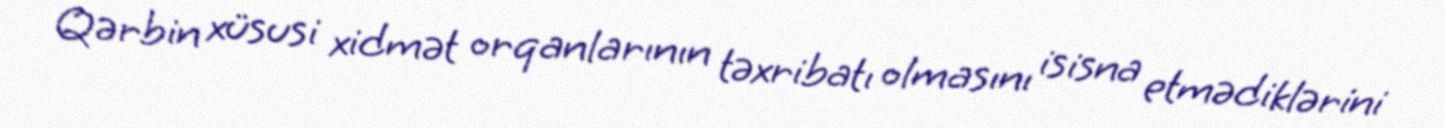
Qərbin xüsusi xidmət orqanlarının təxribatı olmasını isisna etmədiklərini